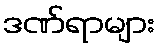
ဒဏ်ရာများ